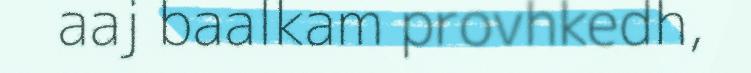
aaj baalkam provhkedh,